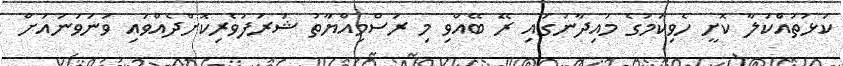
ކަޅުތުއްކަލާ ކޮށީ ހެވިކަމުގެ މައިދާނުގައި ރޭ ބޭއްވި މި ރަސްމިއްޔާތު ޝަރަފުވެރިކޮށްދެއްވައި ވަނަވަނައަށް